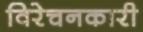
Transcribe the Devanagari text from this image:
विरेचनकारी